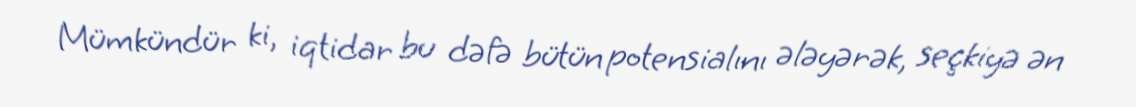
Mümkündür ki, iqtidar bu dəfə bütün potensialını ələyərək, seçkiyə ən